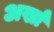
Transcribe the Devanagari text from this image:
अर्खा